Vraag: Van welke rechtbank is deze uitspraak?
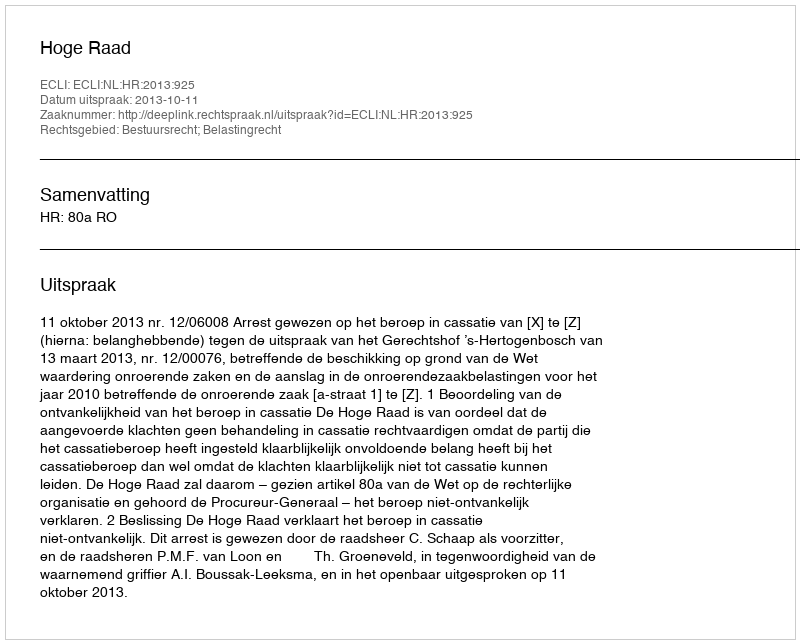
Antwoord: Hoge Raad